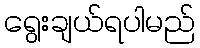
ရွေးချယ်ရပါမည်